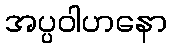
အပ္ပဝါဟနော